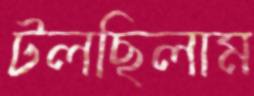
টলছিলাম